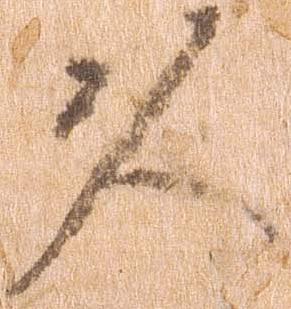
久